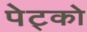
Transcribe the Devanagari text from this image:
पेट्को